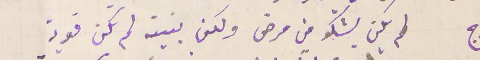
ج لم يكن يشكو من مرض ولكن بنيته لم تكن قوية